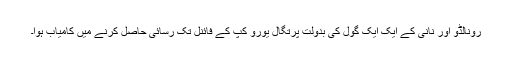
رونالڈو اور نانی کے ایک ایک گول کی بدولت پرتگال یورو کپ کے فائنل تک رسائی حاصل کرنے میں کامیاب ہوا۔